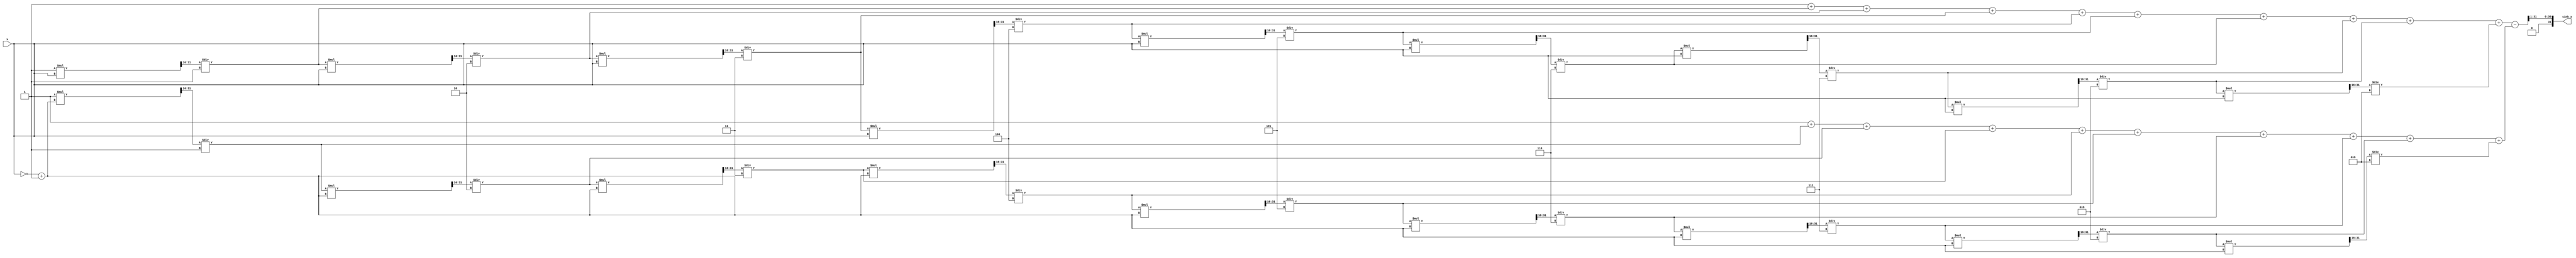
module sinh_block (
    input wire [31:0] x,       // Input: 32-bit fixed-point representation of x
    output reg [31:0] sinh_x   // Output: 32-bit fixed-point representation of sinh(x)
);

    // Internal signals
    reg [31:0] exp_x;          // e^x
    reg [31:0] exp_neg_x;     // e^(-x)
    reg [31:0] temp;          // Temporary variable for calculations

    // Function to calculate e^x using Taylor series expansion
    function [31:0] exp_taylor;
        input [31:0] x;
        integer i;
        reg [31:0] term;
        reg [31:0] sum;
        begin
            sum = 32'h00000001; // e^0 = 1
            term = 32'h00000001; // First term (x^0)/0! = 1
            for (i = 1; i < 10; i = i + 1) begin
                term = (term * x) >> 16; // Multiply by x and scale
                term = term / i;          // Divide by i (factorial)
                sum = sum + term;         // Add term to sum
            end
            exp_taylor = sum;
        end
    endfunction

    // Compute sinh(x)
    always @(*) begin
        exp_x = exp_taylor(x);               // Calculate e^x
        exp_neg_x = exp_taylor(~x + 1);      // Calculate e^(-x), using two's complement for -x
        temp = exp_x - exp_neg_x;            // Compute e^x - e^(-x)
        sinh_x = temp >> 1;                   // Divide by 2 to get sinh(x)
    end

endmodule